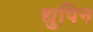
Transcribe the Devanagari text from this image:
द्युपिन